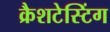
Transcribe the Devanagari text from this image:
क्रैशटेस्टिंग